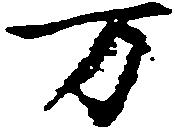
万